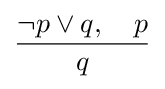
{\frac {\lnot p\lor q,\quad p}{q}}